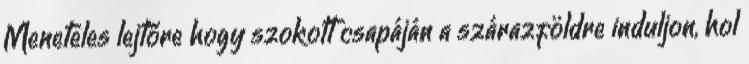
Meneteles lejtőre hogy szokott csapáján a szárazföldre induljon, hol